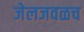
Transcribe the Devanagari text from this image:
जेलजवळच